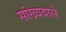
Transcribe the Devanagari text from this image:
सांख्यवाले